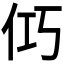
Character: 𮯺